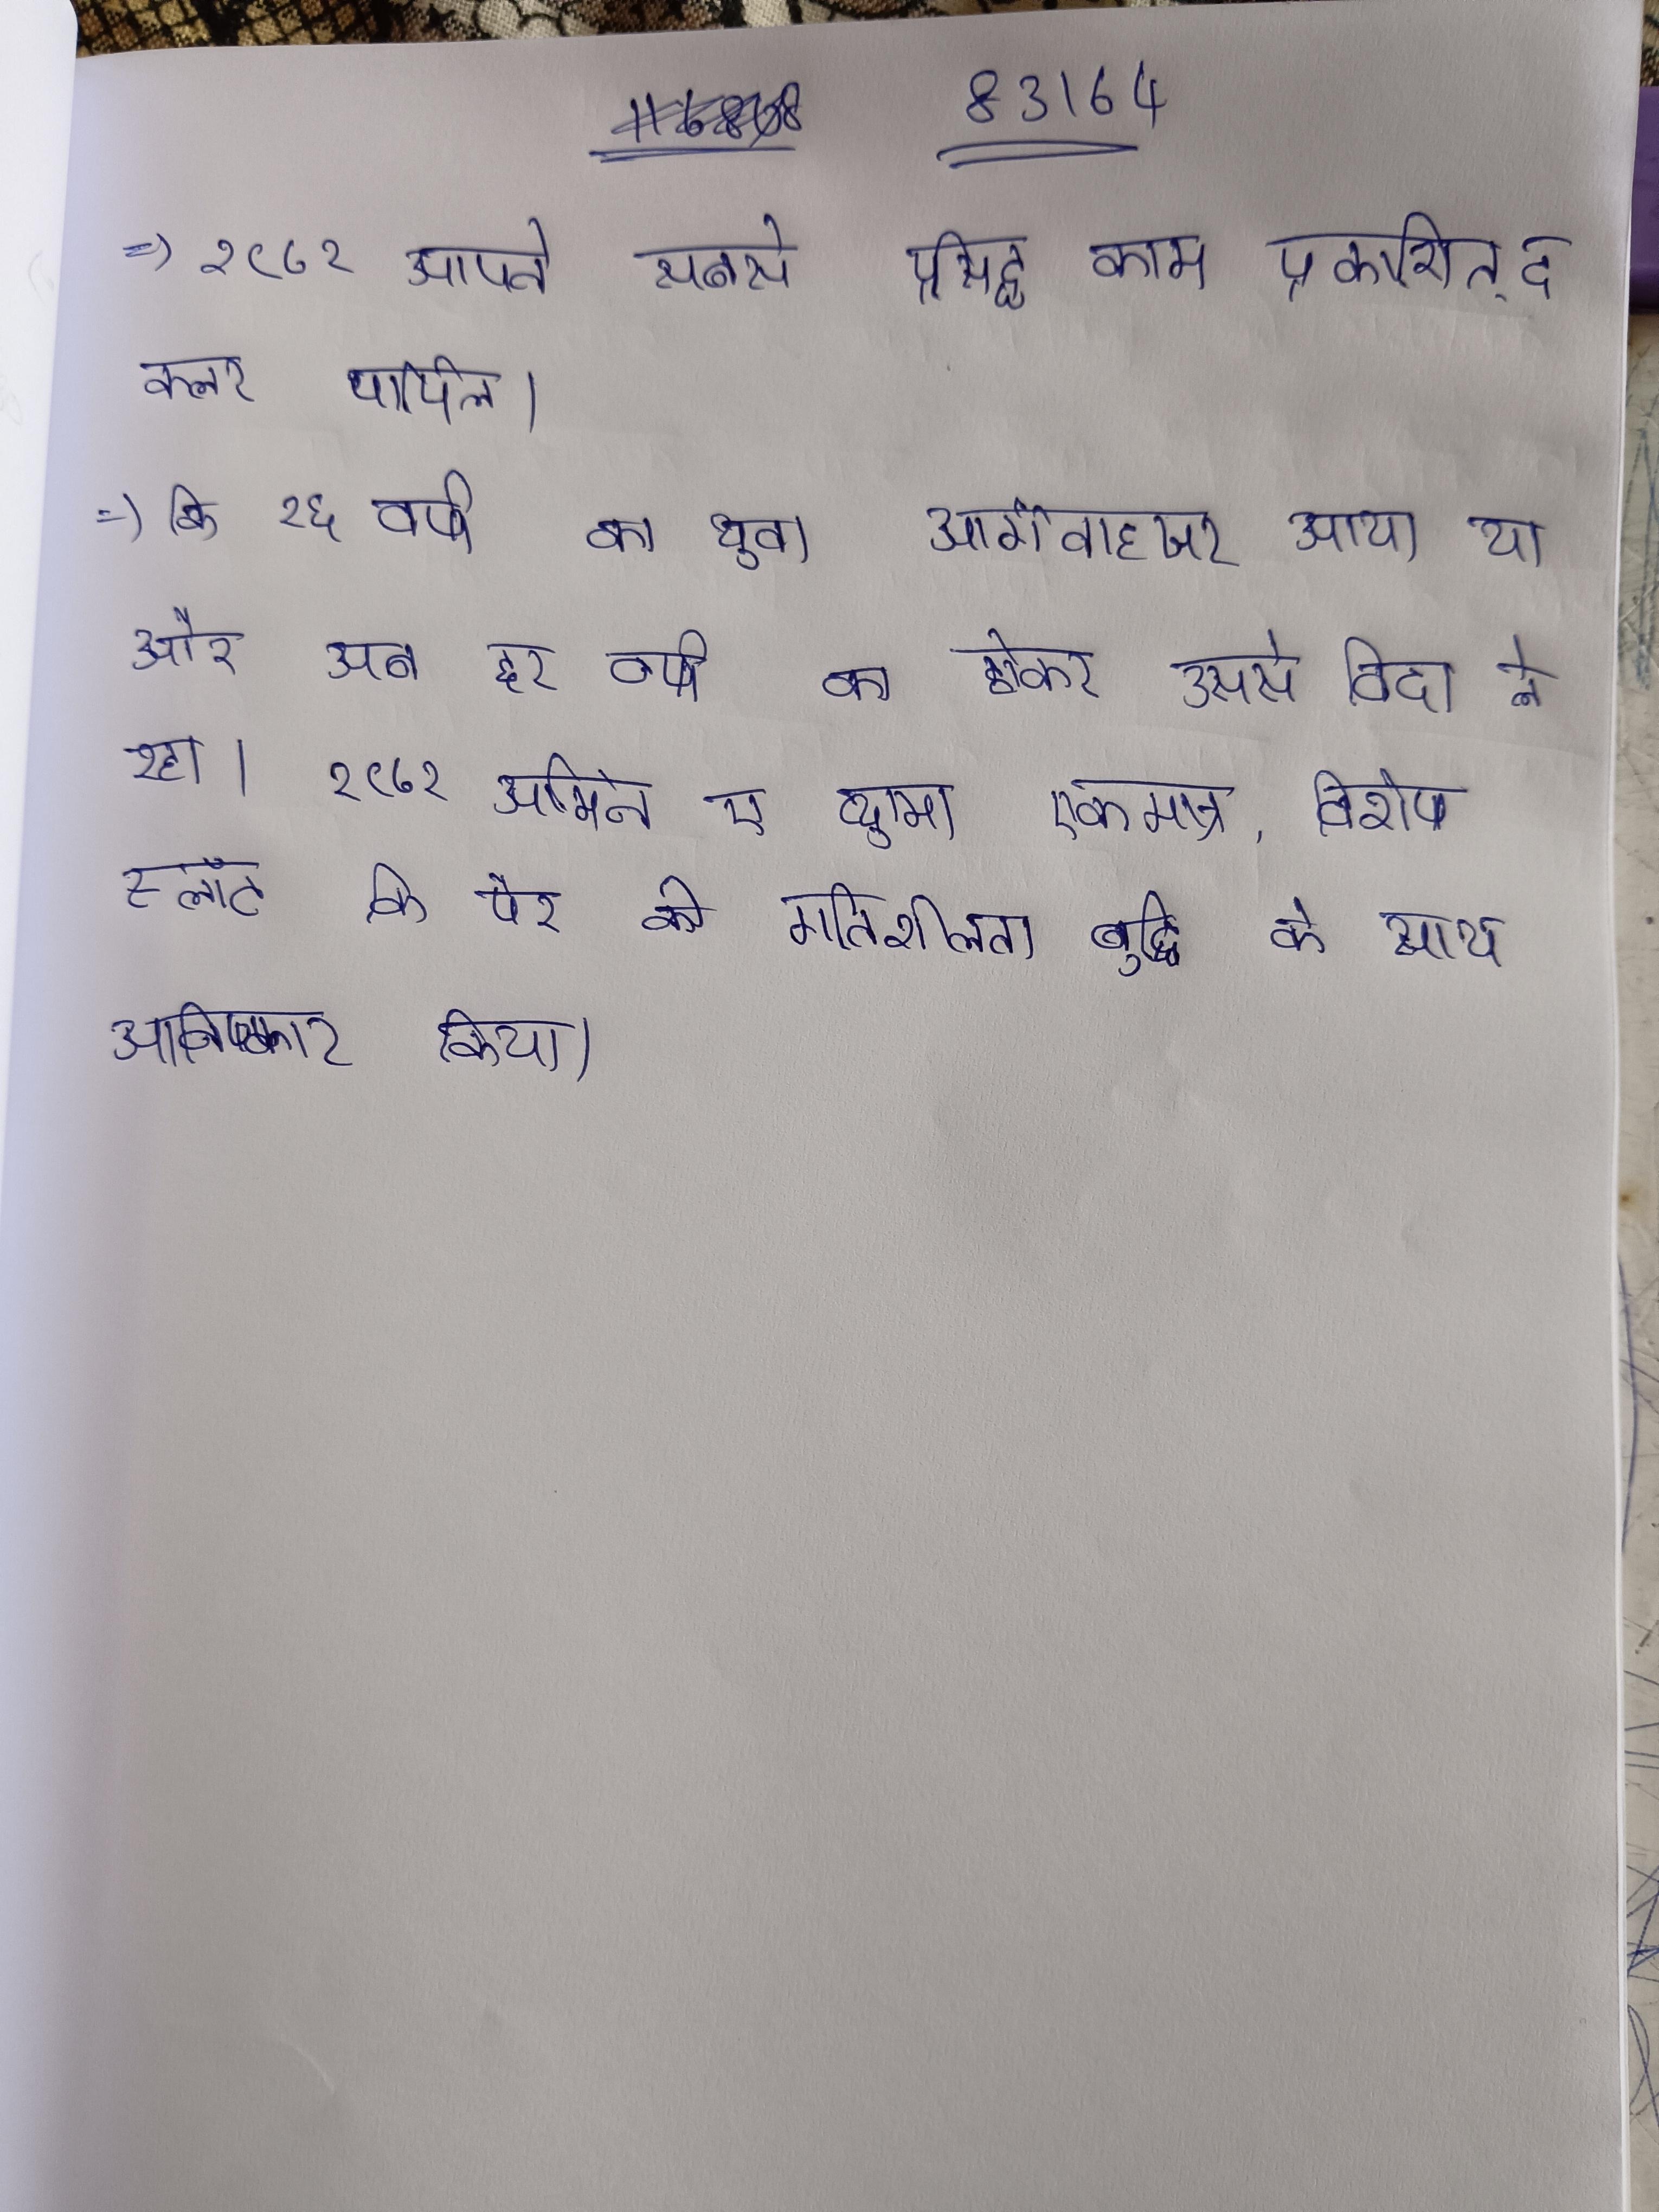
१९८२ अपने सबसे प्रसिद्द काम प्रकाशित की, द कलर पर्पिल । १९८२ आर्गेनाइजर से अपने विद्रोह के समय मार्मिक स्वर कहा कि २६ वर्ष का युवा आर्गेनाइजर आया था और अब ६२ वर्ष का होकर उससे विदा ले रहा । १९८२ आर्मिन ए प्यूमा एकमात्र, विशेष स्लॉट कि पैर की गतिशीलता वृद्धि के साथ आविष्कार किया ।